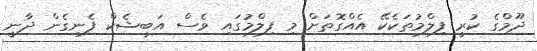
ދޫމްގެ ކުރީ ފިލްމުތަކެކޭ އެއްގޮތަށް މި ފިލްމުގައި ވެސް އަބީޝެކް ފެނިގެން ދާނީ